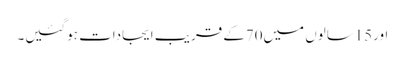
اور15سالوں میں70کے قریب ایجادات ہوگئیں۔